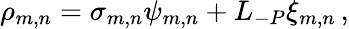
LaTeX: \rho_{m,n}=\sigma_{m,n}\psi_{m,n}+L_{-P}\xi_{m,n}\, ,